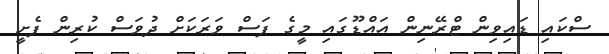
ސްކައި ޑައިވިން ޓްރޭނިން އައްޑޫގައި މީގެ ފަސް ވަރަަކަށް ދުވަސް ކުރިން ފެށީ